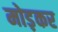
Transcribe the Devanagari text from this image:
मोड़़कर